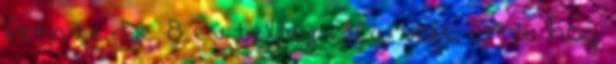
Persze. De 8 év télleg elég volt arra, hog